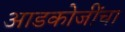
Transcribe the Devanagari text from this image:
आडकोजींचा